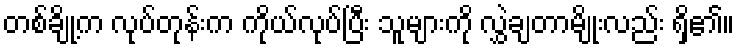
တစ်ချို့က လုပ်တုန်းက ကိုယ်လုပ်ပြီး သူများကို လွှဲချတာမျိုးလည်း ရှိ၏။